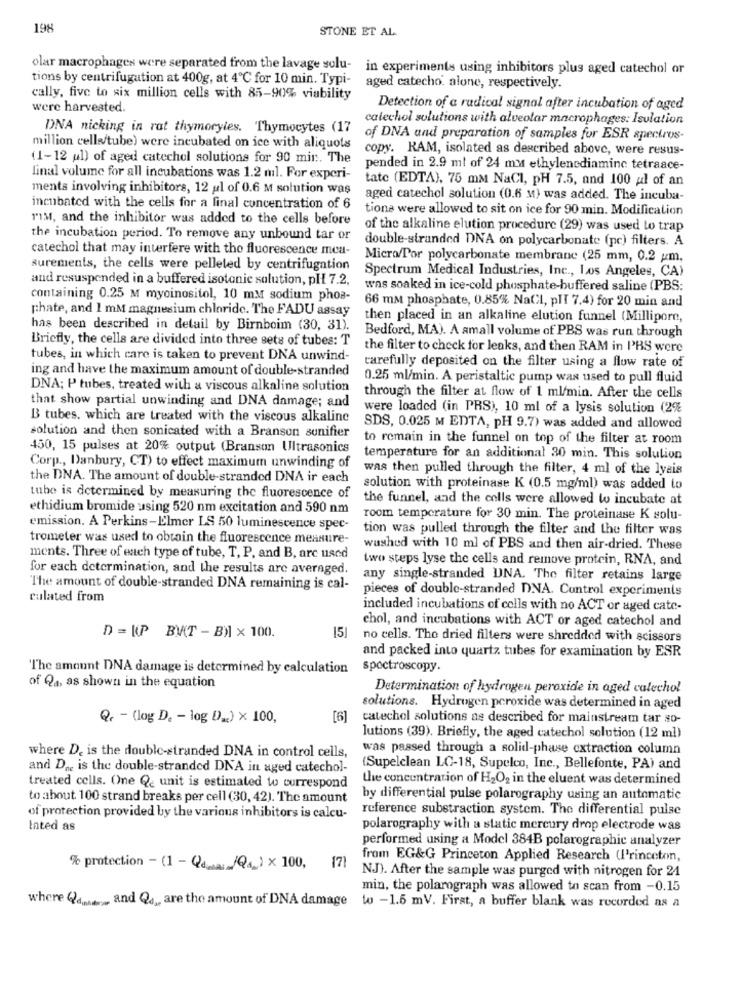
198
STONE ET AL
olar macrophages were separated from the lavage solu- in experiments using inhibitors plus aged catechol or
tions by centrifugation at 400g, at 4℃ for 10 min. Typi- aged catecho alone, respectively.
cally, five to six million cells with 85-90% viability
were harvested.
Detection of a radical signal after incubation of aged
calechol solutions with alveolar macrophages: Isulation
DNA nicking in rat thymoryles. Thymocytes (17
of DNA and preparation of samples for ESR spectros-
million cells/tube) were incubated on ice with aliquots
copy. RAM, isolated as described above, were resus-
(1-12 ul) of aged catechol solutions for 90 min. The
pended in 2.9 ml of 24 mM ethylenediaminc tetraace-
final volume for all incubations was 1.2 mil. For experi-
tate (EDTA), 75 mM NaCI, pH 7.5, and 100 al of an
ments involving inhibitors, 12 ul of 0.6 M solution was
aged catechol solution (0.6 M) was added. The incuba-
incubated with the cells for a final concentration of 6
tione were allowed to sit on ice for 90 min. Modification
mist, and the inhibitor was added to the cells before
of the alkaline elution procedure (29) was used to trap
the incubation period. To remove any unbound tar or
double-stranded DNA on polycarbonate (pc) filters. A
catechol that may interfere with tho fluorescence mea-
Micro/Por polycarbonate membrane (25 mm, 0.2 um.
surements, the cells were pelleted by centrifugation
Spectrum Medical Industries, Inc ., Los Angeles, CA)
and resuspended in a buffered isotonic solution, pH 7.2.
was soaked in ice-cold phosphate-buffered saline (PBS:
containing 0.25 M myoinositol, 10 mM sodium phos-
66 mM phosphate, 0.85% NaCl, pIT 7.4) for 20 min and
phate, and 1 mM magnesium chloride. The FADU assay
then placed in an alkaline elution funnel (Millipore,
has been described in detail by Birnboim (30, 31).
Bedford, MA). A small volume of PBS was run through
Briefly, the cells are divided into three sets of tubes: T
the filter to check for leaks, and then RAM in IBS were
tubes, in which care is taken to prevent DNA unwind-
ing and have the maximum amount of double-stranded
carefully deposited on the filter using a flow rate of
0.25 ml/min. A peristaltic pump was used to pull fluid
DNA; P tubes, treated with a viscous alkaline solution
that show partial unwinding and DNA damage; and
through the filter at flow of 1 ml/min. After the cells
were loaded (in PRS), 10 ml of a lysis solution (2%
B tubes, which are treated with the viscous alkaline
solution and then sonicated with a Branson sunifier
SDS, 0.025 M EDTA, PH 9.7) was added and allowed
to remain in the funnel on top of the filter at room
450, 15 pulses at 20% output (Branson Ultrasonics
temperature for an additional 30 min. This solution
Corp ., Danbury, CT) to effect maximum unwinding of
was then pulled through the filter, 4 ml of the lyais
the DNA. The amount of double-stranded DNA ir each
solution with proteinase K (0.5 mg/ml) was added to
tube is determined by measuring the fluorescence of
the funnel, and the cells were allowed to incubate at
ethidium bromide using 520 nm excitation and 590 nm
room temperature for 30 min. The proteinase K solu-
emission. A Perkins-Elmer LS 50 luminescence spec-
tion was pulled through the filter and the filter was
trometer was used to obtain the fluorescence measure-
washed with 10 ml of PBS and then air-dried. These
ments. Three of each type of tube, T, P, and B, arc used
two steps lyse the cells and remove protein, RNA, and
for each determination, and the results are averaged.
any single-stranded UNA. The filter retains large
The amount of double-stranded DNA remaining is cal-
pieces of double-stranded DNA. Control experiments
culated from
included incubations of cells with no ACT or aged cate-
chol, and incubations with ACT or aged catechol and
D = UP BY(T - B)l × 100.
15]
no cells. The dried filters were shredded with scissors
and packed into quartz tubes for examination by ESR
"The amount DNA damage is determined by calculation spectroscopy.
of Qa, as shown in the equation
Determination of hydrogen peroxide in aged catechol
solutions. Hydrogen peroxide was determined in aged
Qr - (log D. - log D).2) × 100,
[6]
catechol solutions as described for mainstream tar so-
lutions (39). Briefly, the aged catechol solution (12 ml)
where D. is the double-stranded DNA in control cells,
was passed through a solid-phase extraction column
and Dge is the double-stranded DNA in aged catechol-
(Supelclean LC-18, Supelco, Inc ., Bellefonte, PA) and
the concentration of H2O2 in the eluent was determined
treated cells. One Q_ unit is estimated to correspond
to about 100 strand breaks per cell (30, 42). The amount
by differential pulse polarography using an automatic
reference substraction system. The differential pulse
of protection provided by the various inhibitors is calcu-
Inted as
polarography with a static mercury drop electrode was
performed using a Model 384B polarographic analyzer
from EG&G Princeton Applied Research (l'rinceton,
% protection - (1 - Qdisa: „/Qa.) x 100, 17)
NJ). After the sample was purged with nitrogen for 24
min, the polarograph was allowed to scan from -0.15
where Qanna and Q, are the amount of DNA damage to -1.5 mV. First, a buffer blank was recorded as a